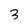
Character: 3